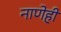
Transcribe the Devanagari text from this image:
नाणेही